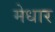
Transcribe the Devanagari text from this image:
मेधार